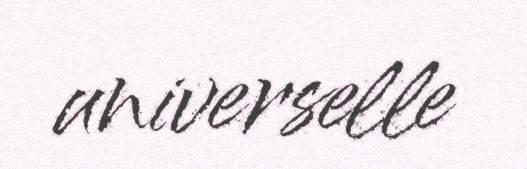
universelle